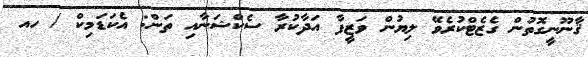
ޤާނޫނީގޮތުން ގެޒެޓްކުރެވޭ ލިޔުން ވަޒީފާ އަދާކުރާ ސެކްޝަނާއި ތަން: އެކަޑަމިކް / ހއ